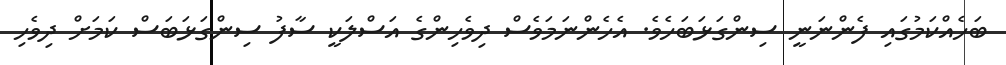
ބަހެއްކަމުގައި ފެންނަނީ ސިންގަޅަބަހެވެ. އެހެންނަމަވެސް ދިވެހިންގެ އަސްލަކީ ސާފު ސިންގަޅަބަސް ކަމަށް ދިވެހި